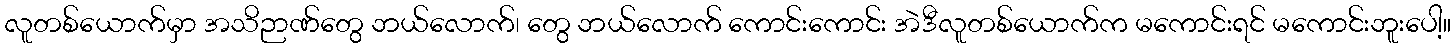
လူတစ်ယောက်မှာ အသိဉာဏ်တွေ ဘယ်လောက်၊ တွေ ဘယ်လောက် ကောင်းကောင်း အဲဒီလူတစ်ယောက်က မကောင်းရင် မကောင်းဘူးပေါ့။